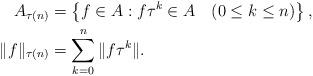
LaTeX: \begin{align*}A_{\tau(n)}&= \left\{f\in A : f\tau^{k}\in A\quad(0\leq k\leq n)\right\},\\\|f\|_{\tau(n)}&=\sum_{k=0}^{n}\|f\tau^{k}\|.\end{align*}